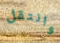
وانتقل